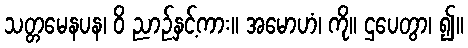
သတ္တမေနပန၊ ဝိ ညာဉ်နှင့်ကား။ အမောဟံ၊ ကို။ ဌပေတွာ၊ ၍။